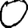
Digit: 0